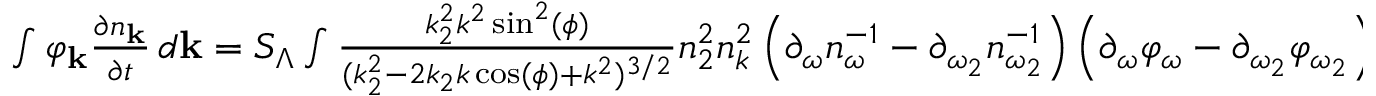
\begin{array} { r } { \int \varphi _ { \bf k } \frac { \partial n _ { \bf k } } { \partial t } \, d { \bf k } = S _ { \Lambda } \int \frac { k _ { 2 } ^ { 2 } k ^ { 2 } \sin ^ { 2 } ( \phi ) } { ( k _ { 2 } ^ { 2 } - 2 k _ { 2 } k \cos ( \phi ) + k ^ { 2 } ) ^ { 3 / 2 } } n _ { 2 } ^ { 2 } n _ { k } ^ { 2 } \left( \partial _ { \omega } n _ { \omega } ^ { - 1 } - \partial _ { \omega _ { 2 } } n _ { \omega _ { 2 } } ^ { - 1 } \right) \left( \partial _ { \omega } \varphi _ { \omega } - \partial _ { \omega _ { 2 } } \varphi _ { \omega _ { 2 } } \right) d { \bf k } _ { 2 } \, d { \bf k } . } \end{array}